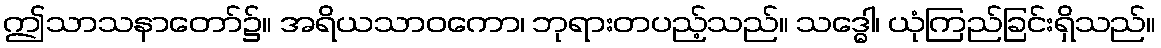
ဤသာသနာတော်၌။ အရိယသာဝကော၊ ဘုရားတပည့်သည်။ သဒ္ဓေါ၊ ယုံကြည်ခြင်းရှိသည်။